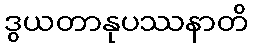
ဒွယတာနုပဿနာတိ